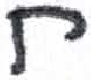
אות: ח